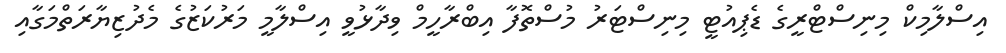
އިސްލާމިކް މިނިސްޓްރީގެ ޑެޕިއުޓީ މިނިސްޓަރު މުސްތޮފާ އިބްރާހީމް ވިދާޅުވީ އިސްލާމީ މަރުކަޒުގެ މެދުޒިޔާރަތްމަގާއި